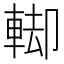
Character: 𨌞